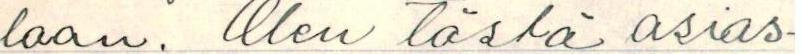
laan. Olen tästä asias-